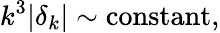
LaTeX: k^{3}\vert\delta_{k}\vert\sim\mathrm{constant},